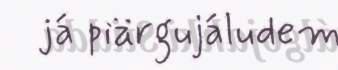
já piärgujáludem